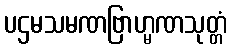
ပဌမသမဏဗြာဟ္မဏသုတ္တံ